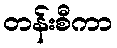
တန်းစီကာ